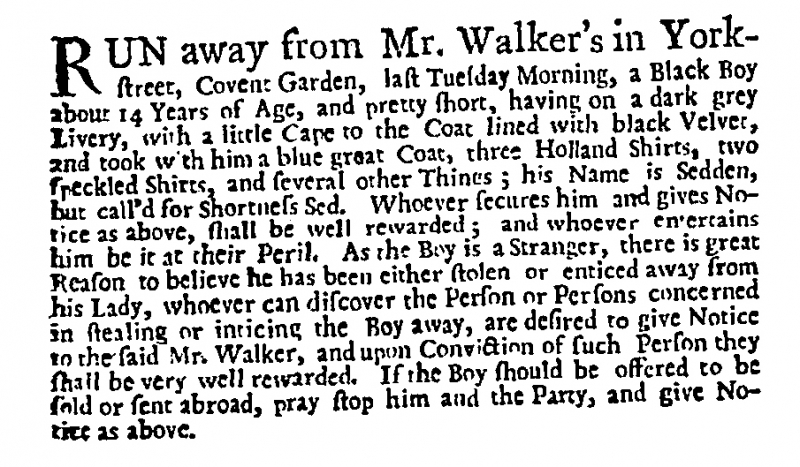
Daily Post, 2 March 1728 (England)
RUN away from Mr. Walker’s in York-street, Covent Garden, last Tuesday Morning, a Black Boy about 14 Years of Age, and pretty short, having on a dark grey Livery, with a little Cape to the Coat lined with black Velvet, and took with him a blue great Coat, three Holland Shirts, two speckled Shirts, and several other Things; his Name is Sedden, but call’d for Shortness Sed. Whoever secures him and gives Notice as above, shall be well rewarded; and whoever entertains him be it at their Peril. As the Boy is a Stranger, there is great Reason to believe he has been either stolen or enticed away from his Lady, whoever can discover the Person or Persons concerned in stealing or inticing the Boy away, are desired to give Notice to the said Mr. Walker, and upon Conviction of such Person they shall be very well rewarded. If the Boy should be offered to be sold or sent abroad, pray stop him and the Party, and give Notice as above.